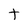
Character: t